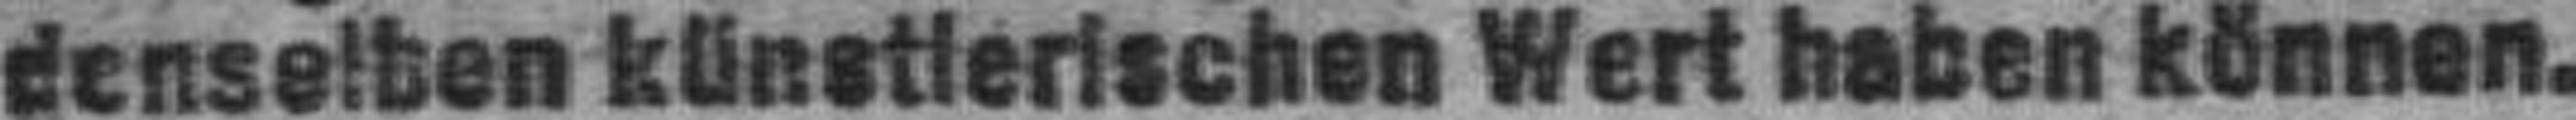
denselben künstlerischen Wert haben können.